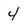
Character: 4